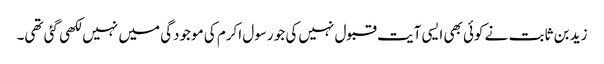
زید بن ثابت نے کوئی بھی ایسی آیت قبول نہیں‌کی جو رسول اکرم کی موجودگی میں‌ نہیں لکھی گئی تھی۔